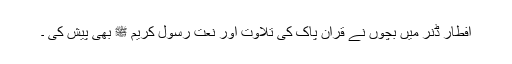
افطار ڈنر میں بچوں نے قرآن پاک کی تلاوت اور نعت رسول کریم ﷺ بھی پیش کی ۔